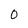
Character: 0